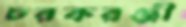
চরকরঞ্জী